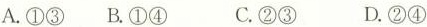
A.①③ B.①④ C.②③ D.②④